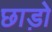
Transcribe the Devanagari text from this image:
छाड़ो